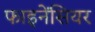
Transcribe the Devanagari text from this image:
फाइनेंसियर